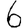
Digit: 6